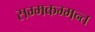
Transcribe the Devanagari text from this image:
सम्मकम्मन्त